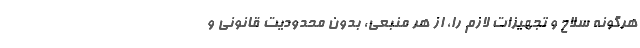
هرگونه سلاح و تجهیزات لازم را، از هر منبعی، بدون محدودیت قانونی و